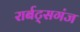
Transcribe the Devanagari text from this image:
रार्बट्सगंज